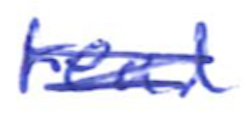
Text: read
Cross-out: scratch
Writing tool: ballpoint